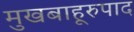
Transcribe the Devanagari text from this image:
मुखबाहूरुपाद